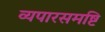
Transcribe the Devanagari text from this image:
व्यपारसमष्टि